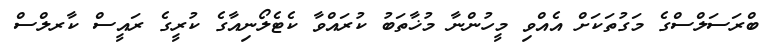
ބްރަސަލްސްގެ މަގުތަކަށް އެއްވި މީހުންނާ މުޚާތަބު ކުރައްވާ ކެޓެލޯނިއާގެ ކުރީގެ ރައީސް ކާރލްސް